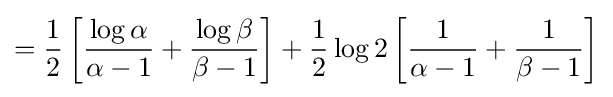
={\frac {1}{2}}\left[{\frac {\log \alpha }{\alpha -1}}+{\frac {\log \beta }{\beta -1}}\right]+{\frac {1}{2}}\log 2\left[{\frac {1}{\alpha -1}}+{\frac {1}{\beta -1}}\right]